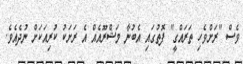
ވެސް "ރަށްވެހި ތަރައްގީ" ފޮތުގައި އެބުނާ މަޝްރޫއެއް އެ ރަށަކު ކުރިއަކަށް ނުދެއެވެ.